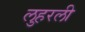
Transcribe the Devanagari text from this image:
लुहरली